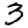
Digit: 3